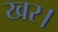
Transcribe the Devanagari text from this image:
खर।